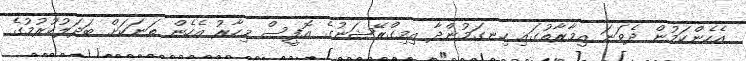
އެހެންކަމުން ދެވަނަ އިމާރާތުގައި ހިނގަމުންދާ އިމިގްރޭޝަނުގެ އޮފީސް މިހާރު އެހެން ތަނަކަށް ބަދަލުކުރުމުގެ